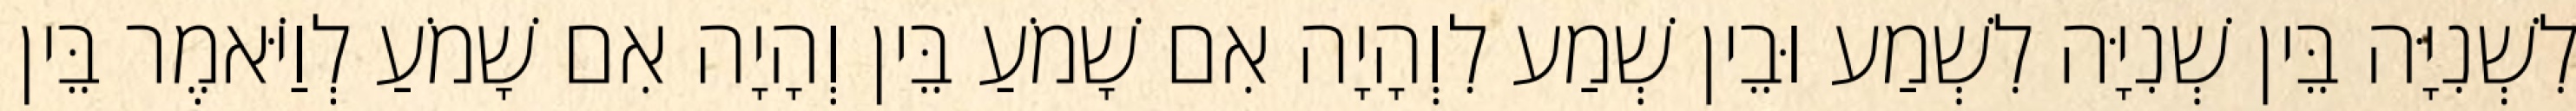
לִשְׁנִיָּה בֵּין שְׁנִיָּה לִשְׁמַע וּבֵין שְׁמַע לִוְהָיָה אִם שָׁמֹעַ בֵּין וְהָיָה אִם שָׁמֹעַ לְוַיֹּאמֶר בֵּין